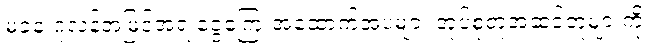
မခံခဲ့ ဂူလန်အမြင်အရ ငွေကြေးအထောက်အပံ့များ အုပ်စုတူအဆင့်တူများကို